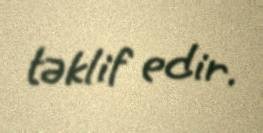
təklif edir.